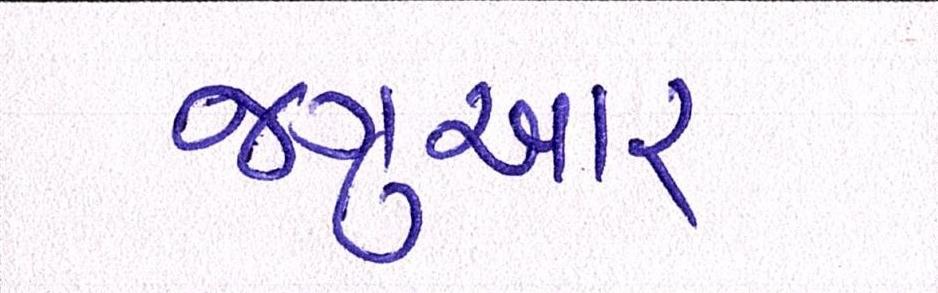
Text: જગુઆર